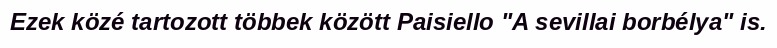
Ezek közé tartozott többek között Paisiello "A sevillai borbélya" is.